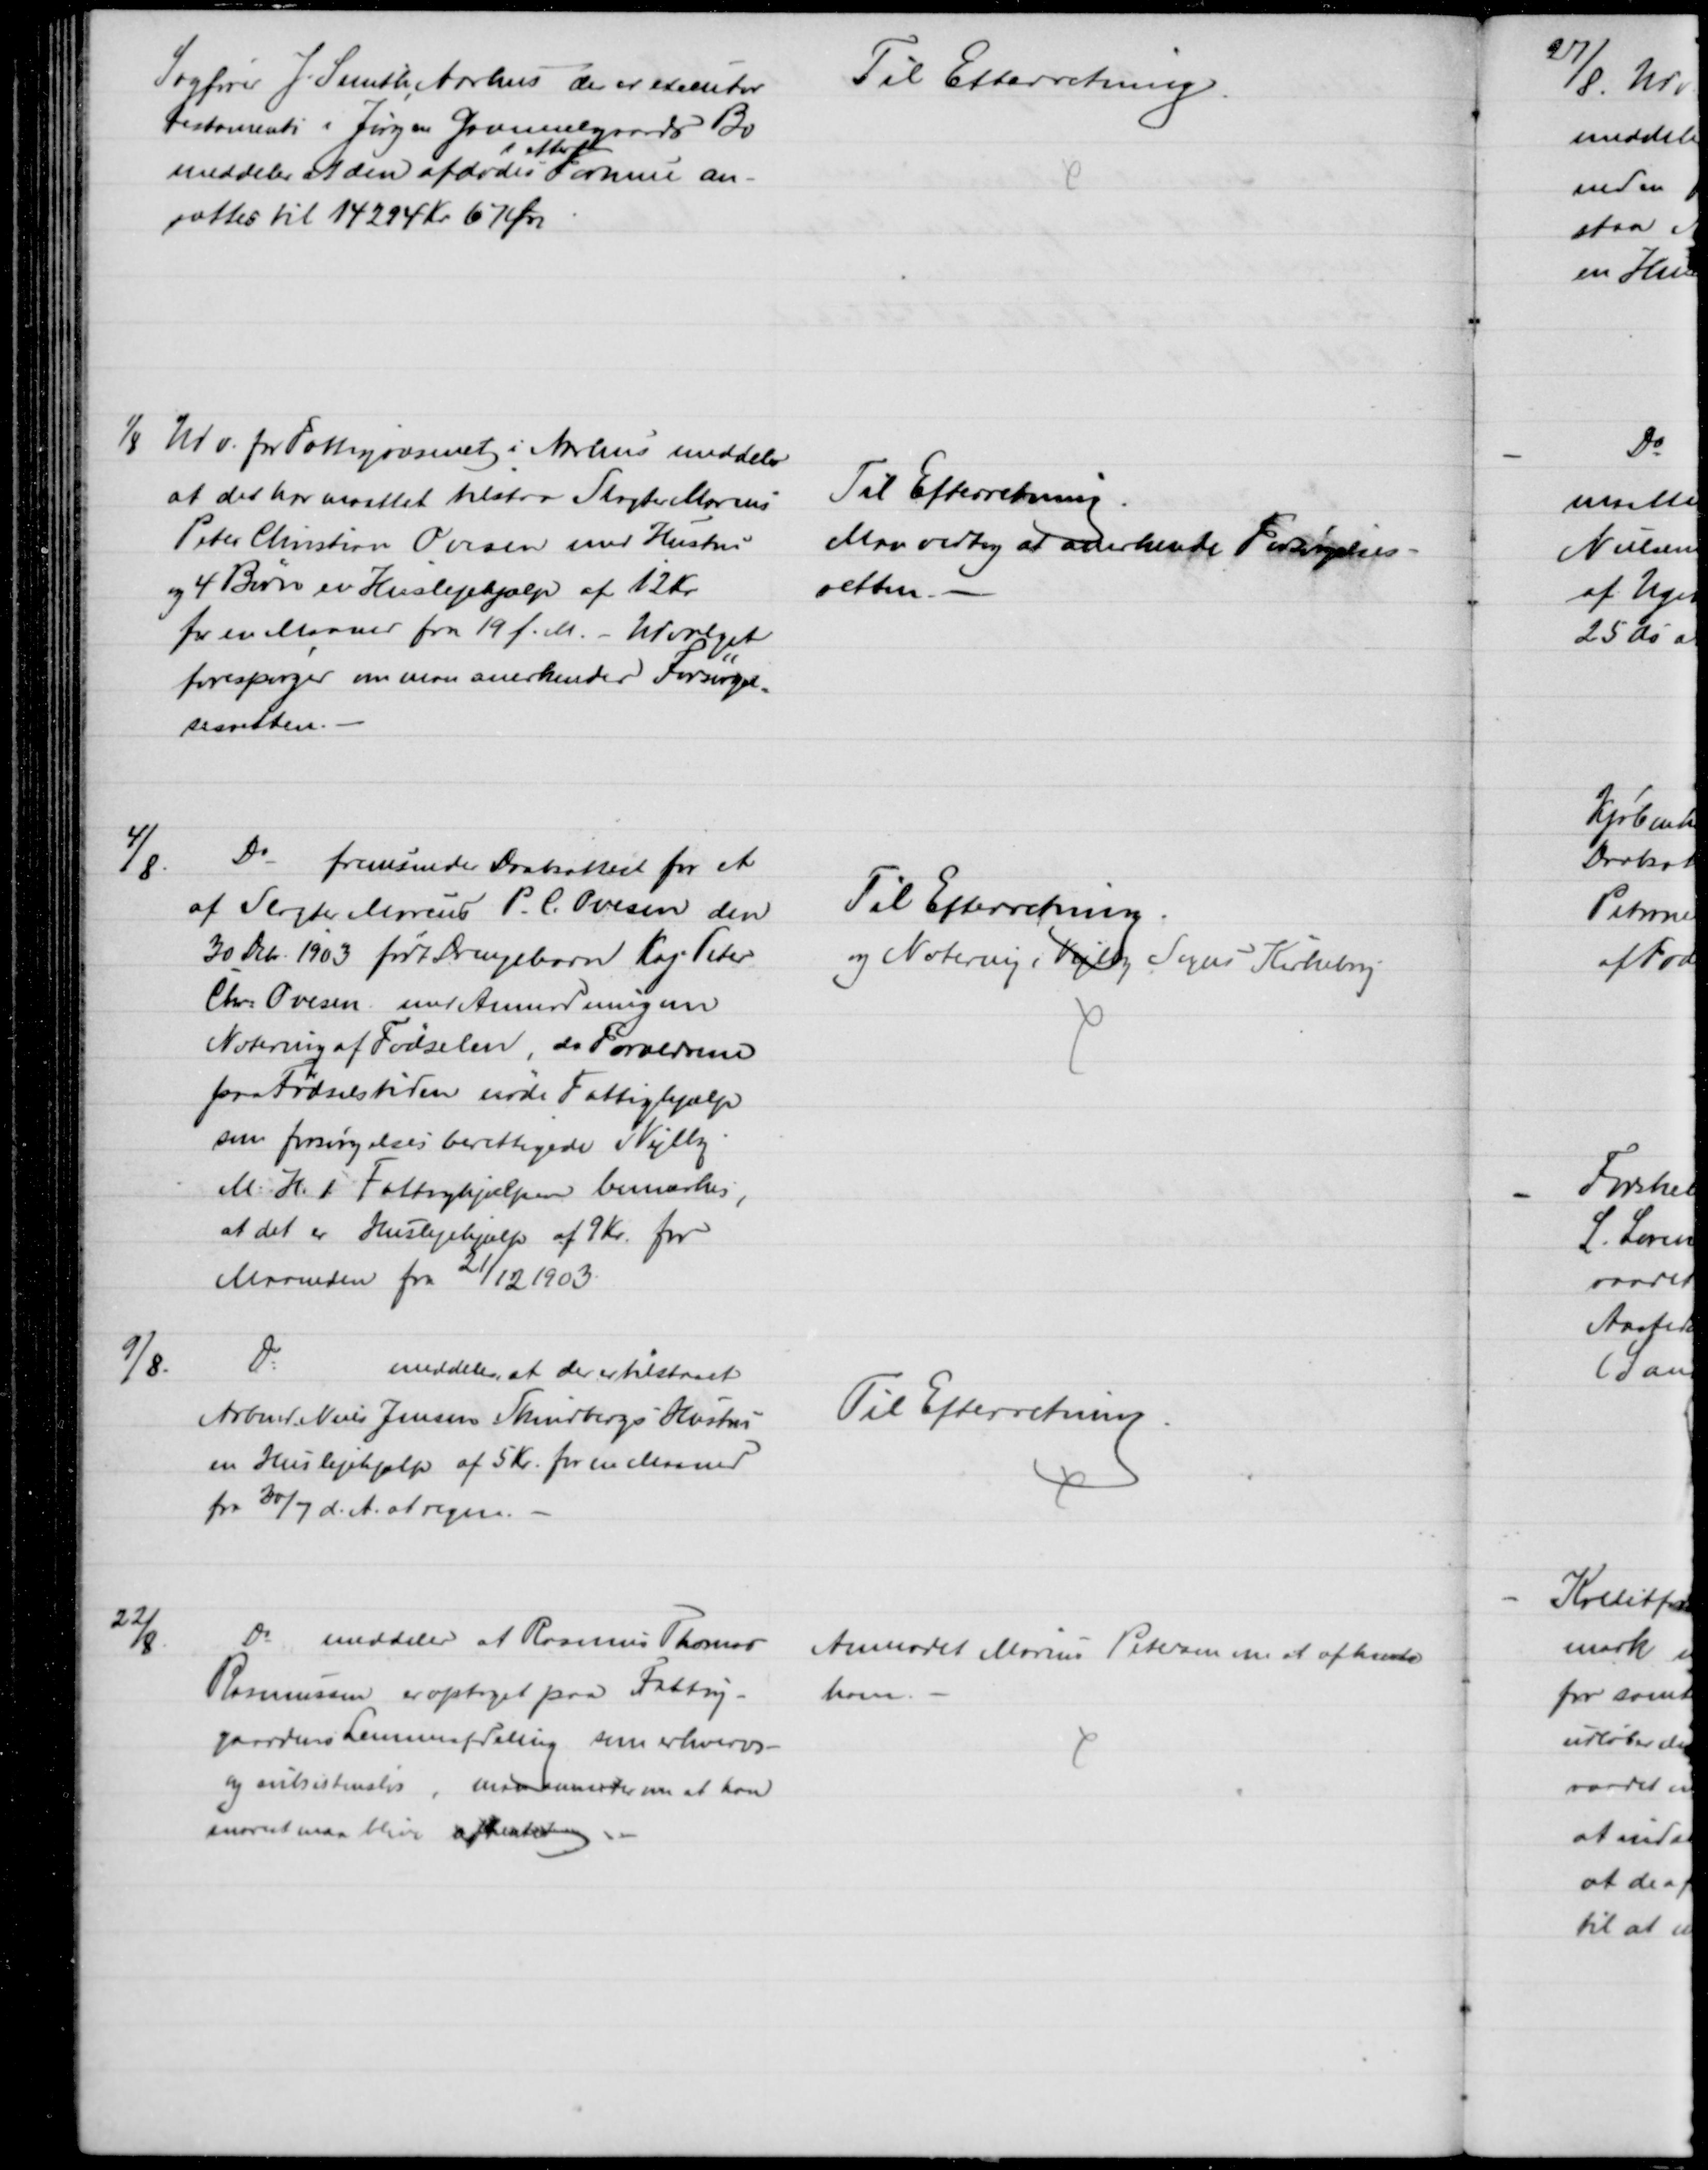
Transskription:
Sagfører J. Smith, Aarhus der er executor
testamenti i Jørgen Gammelgaards Bo
i 
meddeler at den afdødes Formue an-
sættes til 14294 Kr 67 Øre
Til Efterretning
1/8 Udv. for Fattigvæsenet i Aarhus meddeler
at det har maattet tilstaa Slagter Marius
Peter Christian Ovesen med Hustru
og 4 Børn en Huslejehjælp af 12 Kr.
for en Maaned fra 19 f. M. - Udvalget
forespørger om man anerkender Forsørgel-
sesretten.
Til Efterretning
Man vedtog at anerkende Forsøgelses-
retten.
4/8.
Do fremsender Daabsattest for et
af Slagter Marius P. C. Ovesen den
30 Debr. 1903 født Drengebarn Kaj Peter
Chr. Ovesen med Anmodning om
Notering af Fødselen, da Forældrene
paa Fødselstiden nøde Fattighjælp
som forsørgelsesberettigede i Vejlby
M. H. t. Fattighjælpen bemærkes,
at det er Huslejehjælp af 9 Kr. for
Maaneden fra 21/12 1903.
Til Efterretning.
og Notering i Vejlby Sogns Kirkebog
9/8.
Do
meddeler, at der er tilstaaet
Arbmd. Niels Jensen Skindbergs Hustru
en Huslejehjælp af 5 Kr for en Maaned
fra 30/7 d. A. at regne.
Til Efterretning
22/8.
Do meddeler at Rasmus Thomas
Rasmussen er optaget paa Fattig-
gaardens Lemmeafdeling som erhvervs-
og subsistensløs, man anmoder om at han
snarest maa blive afhentet.
Anmodet Marius Petersen om at afhente
ham.